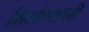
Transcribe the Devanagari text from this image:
शिओरताली